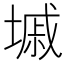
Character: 墄